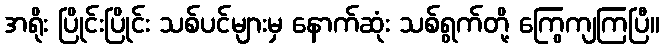
အရိုး ပြိုင်းပြိုင်း သစ်ပင်များမှ နောက်ဆုံး သစ်ရွက်တို့ ကြွေကျကြပြီ။